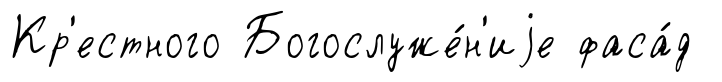
Кр'естного Богослуже́н'иjе фаса́д